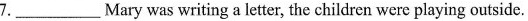
7.___Mary was writing a letter, the children were playing outside.